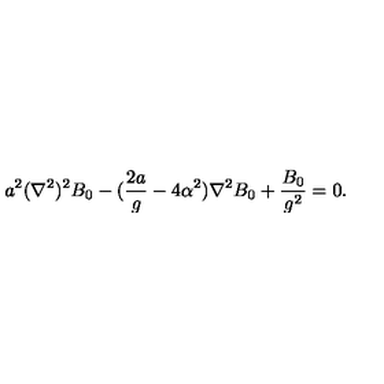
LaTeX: a ^ { 2 } ( \nabla ^ { 2 } ) ^ { 2 } B _ { 0 } - ( { \frac { 2 a } { g } } - 4 \alpha ^ { 2 } ) \nabla ^ { 2 } B _ { 0 } + { \frac { B _ { 0 } } { g ^ { 2 } } } = 0 .